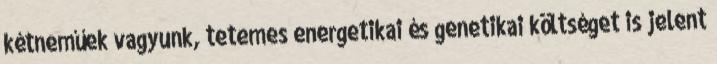
kétneműek vagyunk, tetemes energetikai és genetikai költséget is jelent